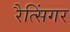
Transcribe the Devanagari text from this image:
रैत्सिंगर